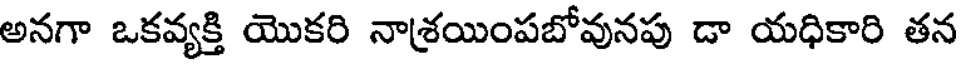
అనగా ఒకవ్యక్తి యొకరి నాశ్రయింపబోవునపు డా యధికారి తన